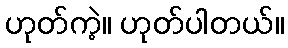
ဟုတ်ကဲ့။ ဟုတ်ပါတယ်။